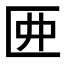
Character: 𠥲